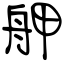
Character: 舺